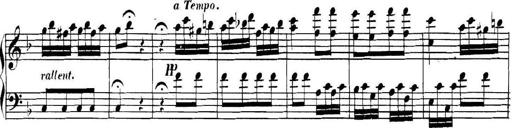
Title: Collected Piano Sonatas
Composer: Muzio Clementi